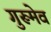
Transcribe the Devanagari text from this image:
गुरूमेव